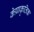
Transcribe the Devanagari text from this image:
केप्राकृतिक